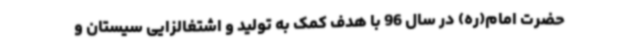
حضرت امام(ره) در سال 96 با هدف کمک به تولید و اشتغالزایی سیستان و